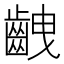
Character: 齥